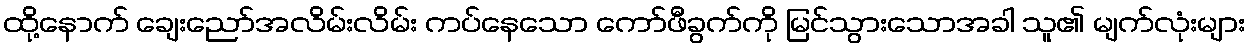
ထို့နောက် ချေးညော်အလိမ်းလိမ်း ကပ်နေသော ကော်ဖီခွက်ကို မြင်သွားသောအခါ သူ၏ မျက်လုံးများ